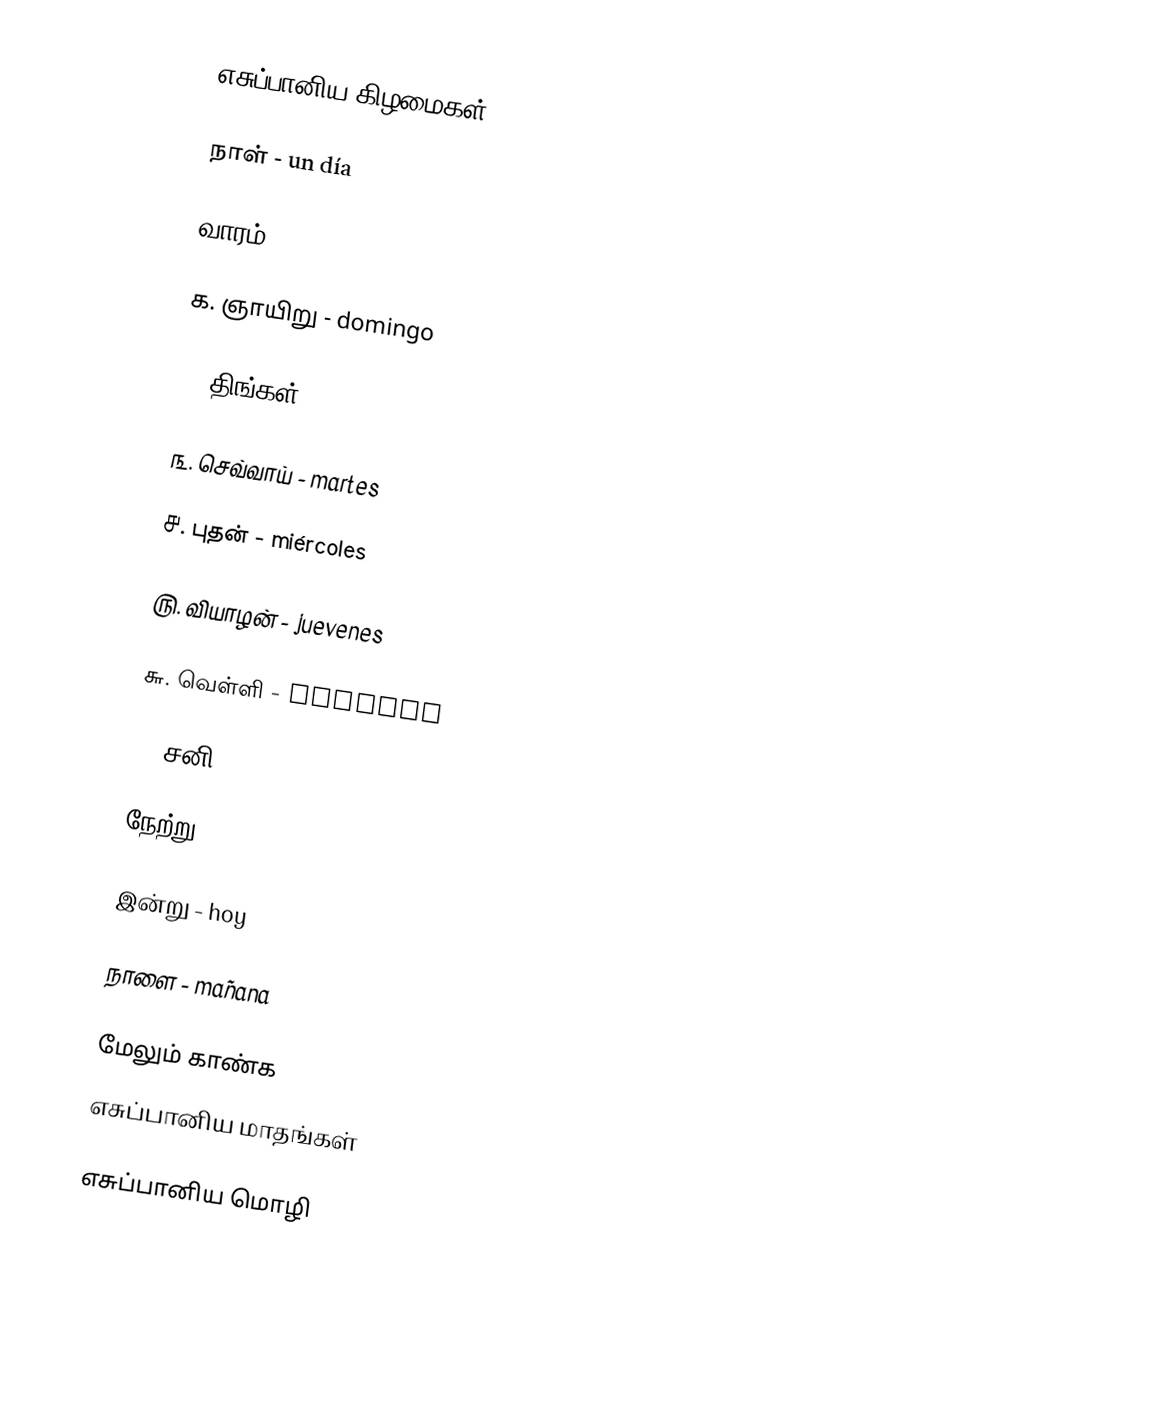
எசுப்பானிய கிழமைகள்:

நாள் - un día

வாரம் - una semana

௧. ஞாயிறு - domingo

௨. திங்கள் - lunes

௩. செவ்வாய் - martes

௪. புதன் - miércoles

௫. வியாழன் - juevenes

௬. வெள்ளி - viernes

௭. சனி - sábado

நேற்று - ayer

இன்று - hoy

நாளை - mañana

மேலும் காண்க
 எசுப்பானிய மாதங்கள்

 எசுப்பானிய மொழி